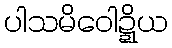
ပါသမိဝေါဍ္ဍိယ